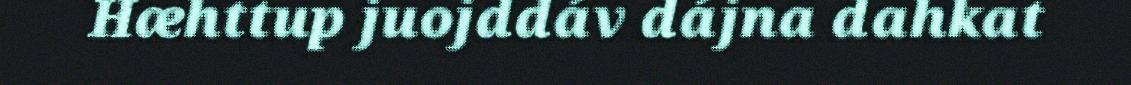
Hæhttup juojddáv dájna dahkat